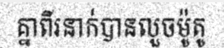
គ្នាពីរនាក់បានលួចម៉ូតូ